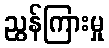
ညွန်ကြားမှု